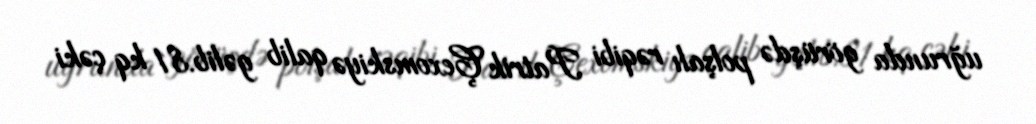
uğrunda görüşdə polşalı rəqibi Patrik Çexomskiyə qalib gəlib.81 kq çəki